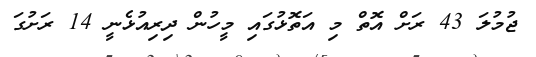
ޖުމުލަ 43 ރަށް އޮތް މި އަތޮޅުގައި މީހުން ދިރިއުޅެނީ 14 ރަށުގަ